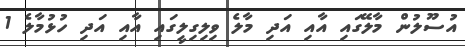
އުސޫލުން މާލޭގައި އާއި އަދި މާލެ ވިލިގިލީގައި އާއި އަދި ހުޅުމާލެ 1